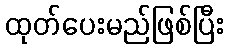
ထုတ်ပေးမည်ဖြစ်ပြီး